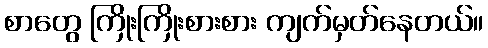
စာတွေ ကြိုးကြိုးစားစား ကျက်မှတ်နေတယ်။